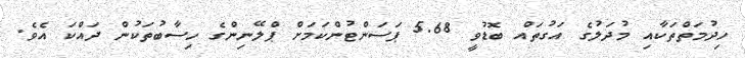
ހިދުމަތްތަކާއި މުދަލުގެ އަގުތައް ބޮޑުވީ 5.68 ޕަސަންޓުންކަމަށް ޕްލޭނިންގެ ހިސާބުތަކުން ދައްކަ އެވެ.